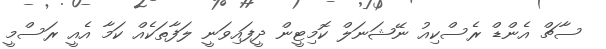
ސާޗް އެންޑް ރެސްކިއު ނޭޝަނަލް ކޮމިޓީން ދީފައިވަނީ ލަފާތަކެއް ކަމާ އެއީ ރަސްމީ